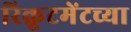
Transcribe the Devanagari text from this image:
रिक्रूटमेंटच्या